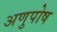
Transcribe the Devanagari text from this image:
अणुपोष